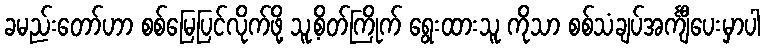
ခမည်းတော်ဟာ စစ်မြေပြင်လိုက်ဖို့ သူ့စိတ်ကြိုက် ရွေးထားသူ ကိုသာ စစ်သံချပ်အင်္ကျီပေးမှာပါ